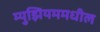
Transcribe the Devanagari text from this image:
म्युझियममधील